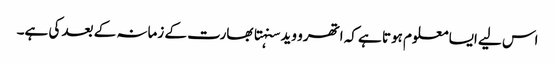
اس لیے ایسا معلوم ہوتا ہے کہ اتھرو وید سنہتا بھارت کے زمانہ کے بعد کی ہے۔